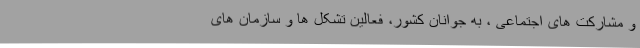
و مشارکت های اجتماعی ، به جوانان کشور، فعالین تشکل ها و سازمان های